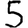
Digit: 5